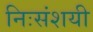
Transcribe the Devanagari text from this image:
निःसंशयी